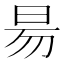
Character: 昜